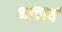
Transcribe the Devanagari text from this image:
भाचार्य